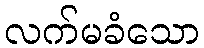
လက်မခံသော